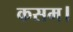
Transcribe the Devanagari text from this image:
कसम।